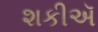
શકીઍ